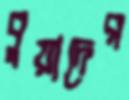
বুয়াদের